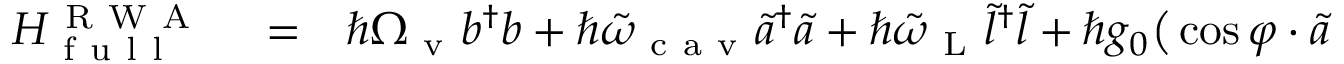
\begin{array} { r l r } { H _ { \mathrm { ~ f ~ u ~ l ~ l ~ } } ^ { \mathrm { ~ R ~ W ~ A ~ } } } & { { } = } & { \hbar \Omega _ { \mathrm { ~ v ~ } } b ^ { \dagger } b + \hbar \tilde { \omega } _ { \mathrm { ~ c ~ a ~ v ~ } } \tilde { a } ^ { \dagger } \tilde { a } + \hbar \tilde { \omega } _ { \mathrm { ~ L ~ } } \tilde { l } ^ { \dagger } \tilde { l } + \hbar g _ { 0 } \big ( \cos \varphi \cdot \tilde { a } } \end{array}